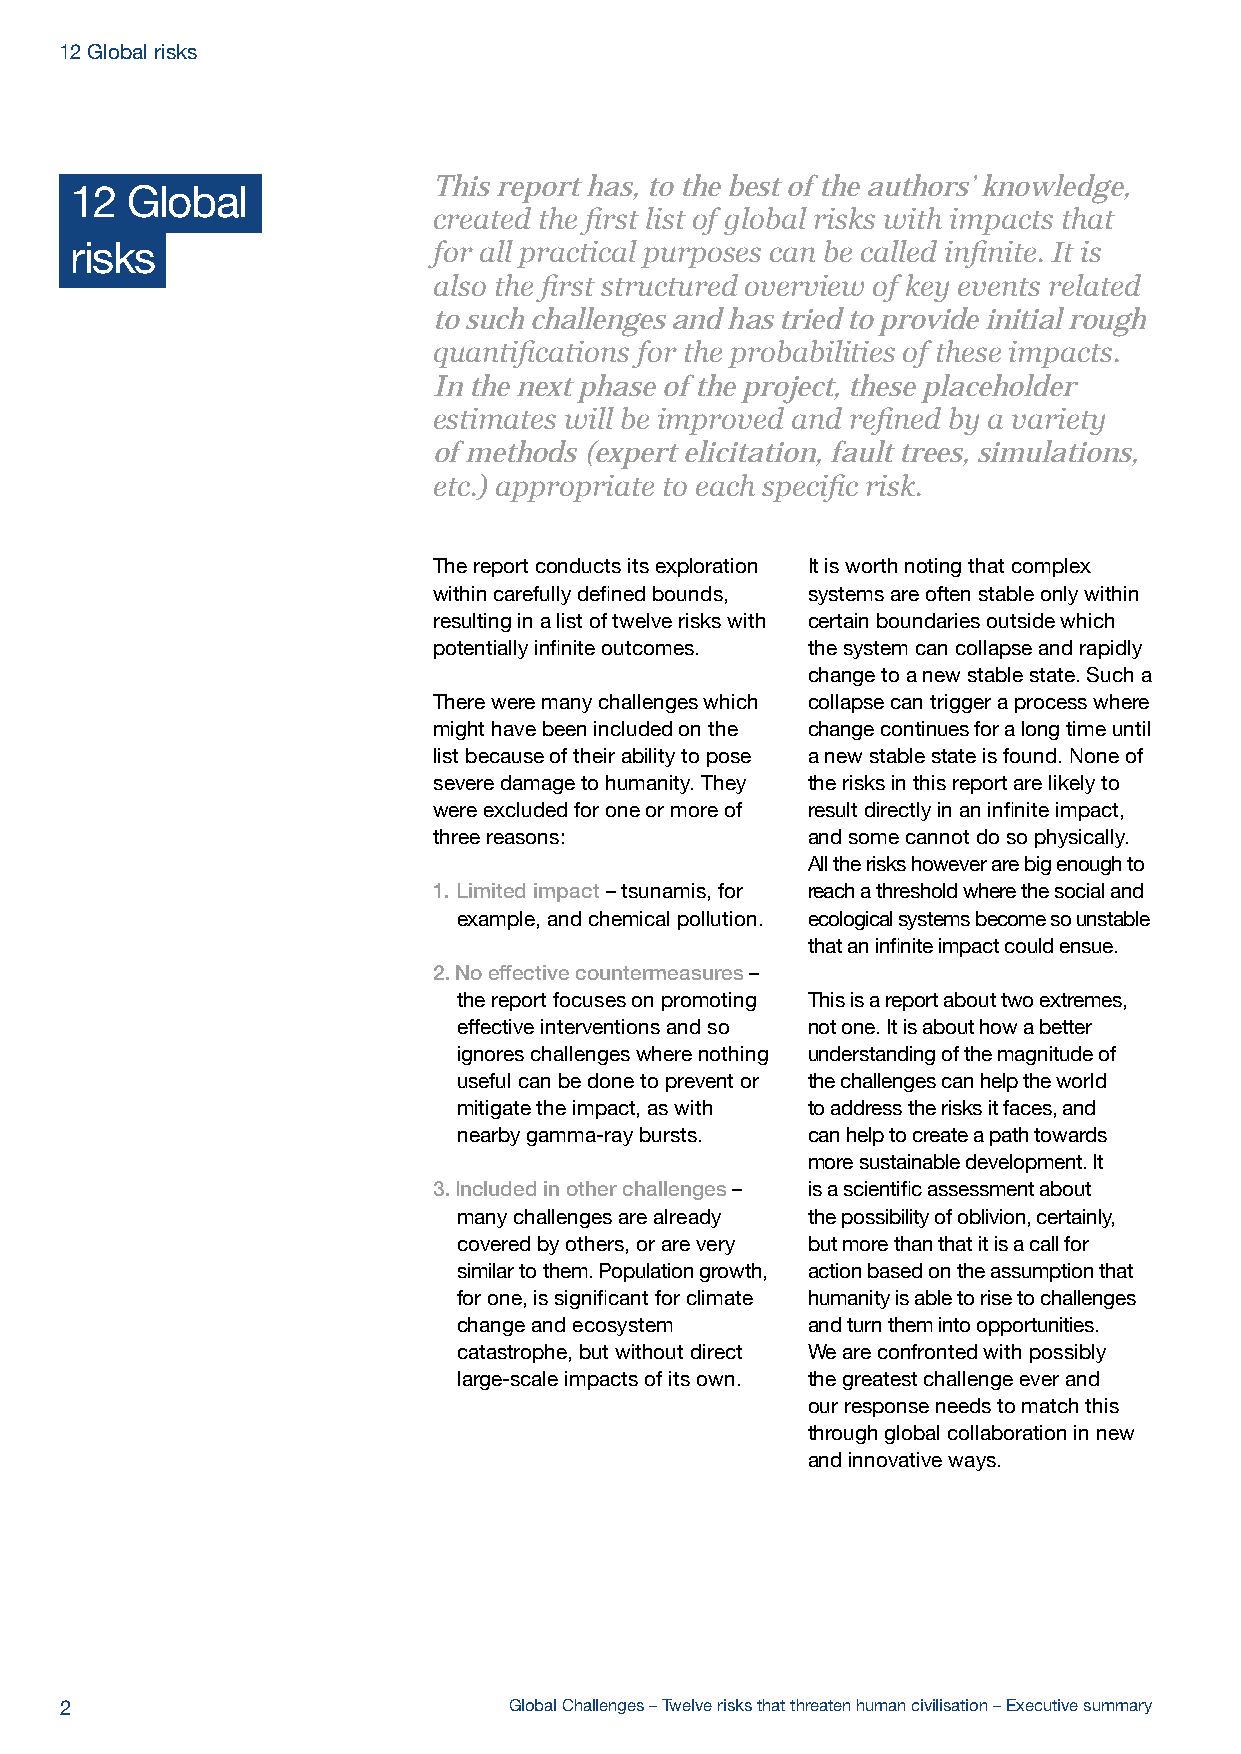
12 Global risks
 This report has, to the best of the authors’ knowledge,
 12 Global
 created the first list of global risks with impacts that
 for all practical purposes can be called infinite. It is
 risks
 also the first structured overview of key events related
 to such challenges and has tried to provide initial rough
 quantifications for the probabilities of these impacts.
 In the next phase of the project, these placeholder
 estimates will be improved and refined by a variety
 of methods (expert elicitation, fault trees, simulations,
 etc.) appropriate to each specific risk.
 The report conducts its exploration It is worth noting that complex
 within carefully defined bounds, systems are often stable only within
 resulting in a list of twelve risks with certain boundaries outside which
 potentially infinite outcomes. the system can collapse and rapidly
 change to a new stable state. Such a
 There were many challenges which collapse can trigger a process where
 might have been included on the change continues for a long time until
 list because of their ability to pose a new stable state is found. None of
 severe damage to humanity. They the risks in this report are likely to
 were excluded for one or more of result directly in an infinite impact,
 three reasons:          and some cannot do so physically.
 All the risks however are big enough to
 1. Limited impact – tsunamis, for reach a threshold where the social and
 example, and chemical pollution. ecological systems become so unstable
 that an infinite impact could ensue.
 2. No effective countermeasures –
 the report focuses on promoting This is a report about two extremes,
 effective interventions and so not one. It is about how a better
 ignores challenges where nothing understanding of the magnitude of
 useful can be done to prevent or the challenges can help the world
 mitigate the impact, as with to address the risks it faces, and
 nearby gamma-ray bursts. can help to create a path towards
 more sustainable development. It
 3. Included in other challenges – is a scientific assessment about
 many challenges are already the possibility of oblivion, certainly,
 covered by others, or are very but more than that it is a call for
 similar to them. Population growth, action based on the assumption that
 for one, is significant for climate humanity is able to rise to challenges
 change and ecosystem   and turn them into opportunities.
 catastrophe, but without direct We are confronted with possibly
 large-scale impacts of its own. the greatest challenge ever and
 our response needs to match this
 through global collaboration in new
 and innovative ways.
 2                             Global Challenges – Twelve risks that threaten human civilisation – Executive summary